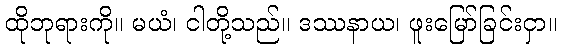
ထိုဘုရားကို။ မယံ၊ ငါတို့သည်။ ဒဿနာယ၊ ဖူးမြော်ခြင်းငှာ။